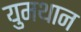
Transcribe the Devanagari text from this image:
युमथान